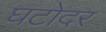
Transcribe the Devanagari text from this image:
घटोदर